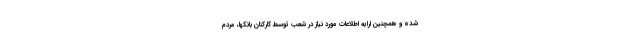
شده و همچنین ارایه اطلاعات مورد نیاز در شعب توسط کارکنان بانکها، مردم